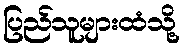
ပြည်သူများထံသို့